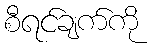
စီရင်ချက်ကို